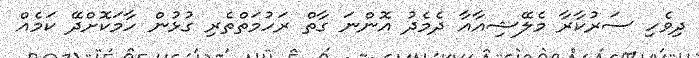
ދިވެހި ސަރުކާރާ މެލޭޝިއާއާ ދެމެދު އޮންނަ ގާތް ރަހުމަތްތެރި ގުޅުން ހާމަކޮށްދޭ ކަމެއް